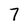
Character: 7